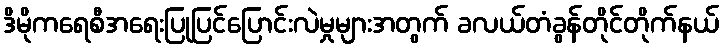
ဒိမိုကရေစီအရေးပြုပြင်ပြောင်းလဲမှုများအတွက် ခလယ်တံခွန်တိုင်တိုက်နယ်